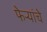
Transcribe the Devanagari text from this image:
फेऱ्यांचे